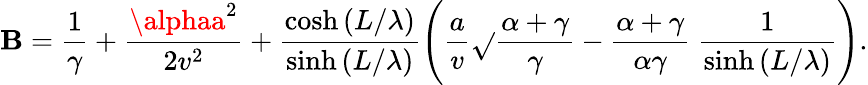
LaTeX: \mathbf{B}=\frac{{1}}{{\gamma}}+\frac{{\alphaa^{2}}}{{2v^{2}}}+\frac{{\cosh{(L/\lambda)}}}{{\sinh{(L/\lambda)}}}\Bigg(\frac{{a}}{{v}}\sqrt{}{{\frac{{\alpha+\gamma}}{{\gamma}}}}-\frac{{\alpha+\gamma}}{{\alpha\gamma}}\ \frac{{1}}{{\sinh{(L/\lambda)}}}\Bigg).